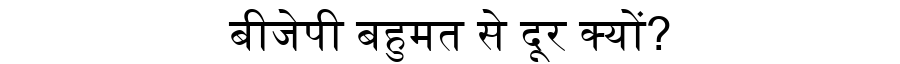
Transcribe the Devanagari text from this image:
बीजेपी बहुमत से दूर क्यों?